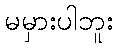
မမှားပါဘူး